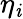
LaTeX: \eta_{\mathit{i}}